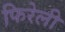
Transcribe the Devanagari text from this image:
फिरेली